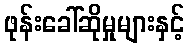
ဖုန်းခေါ်ဆိုမှုများနှင့်